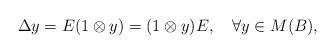
LaTeX: \begin{align*}\Delta y=E(1\otimes y)=(1\otimes y)E,\quad\forall y\in M(B),\end{align*}